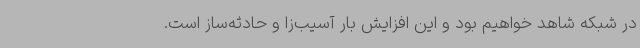
در شبکه شاهد خواهیم بود و این افزایش بار آسیب‌زا و حادثه‌ساز است.